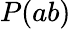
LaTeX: P(ab)